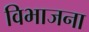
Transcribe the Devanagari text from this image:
विभाजना